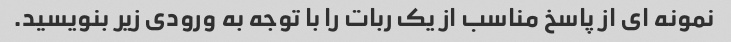
نمونه ای از پاسخ مناسب از یک ربات را با توجه به ورودی زیر بنویسید.